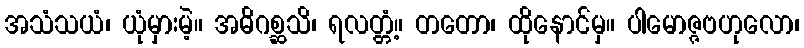
အသံသယံ၊ ယုံမှားမဲ့။ အဓိဂစ္ဆသိ၊ ရလတ္တံ့။ တတော၊ ထိုနောင်မှ။ ပါမောဇ္ဇဗဟုလော၊